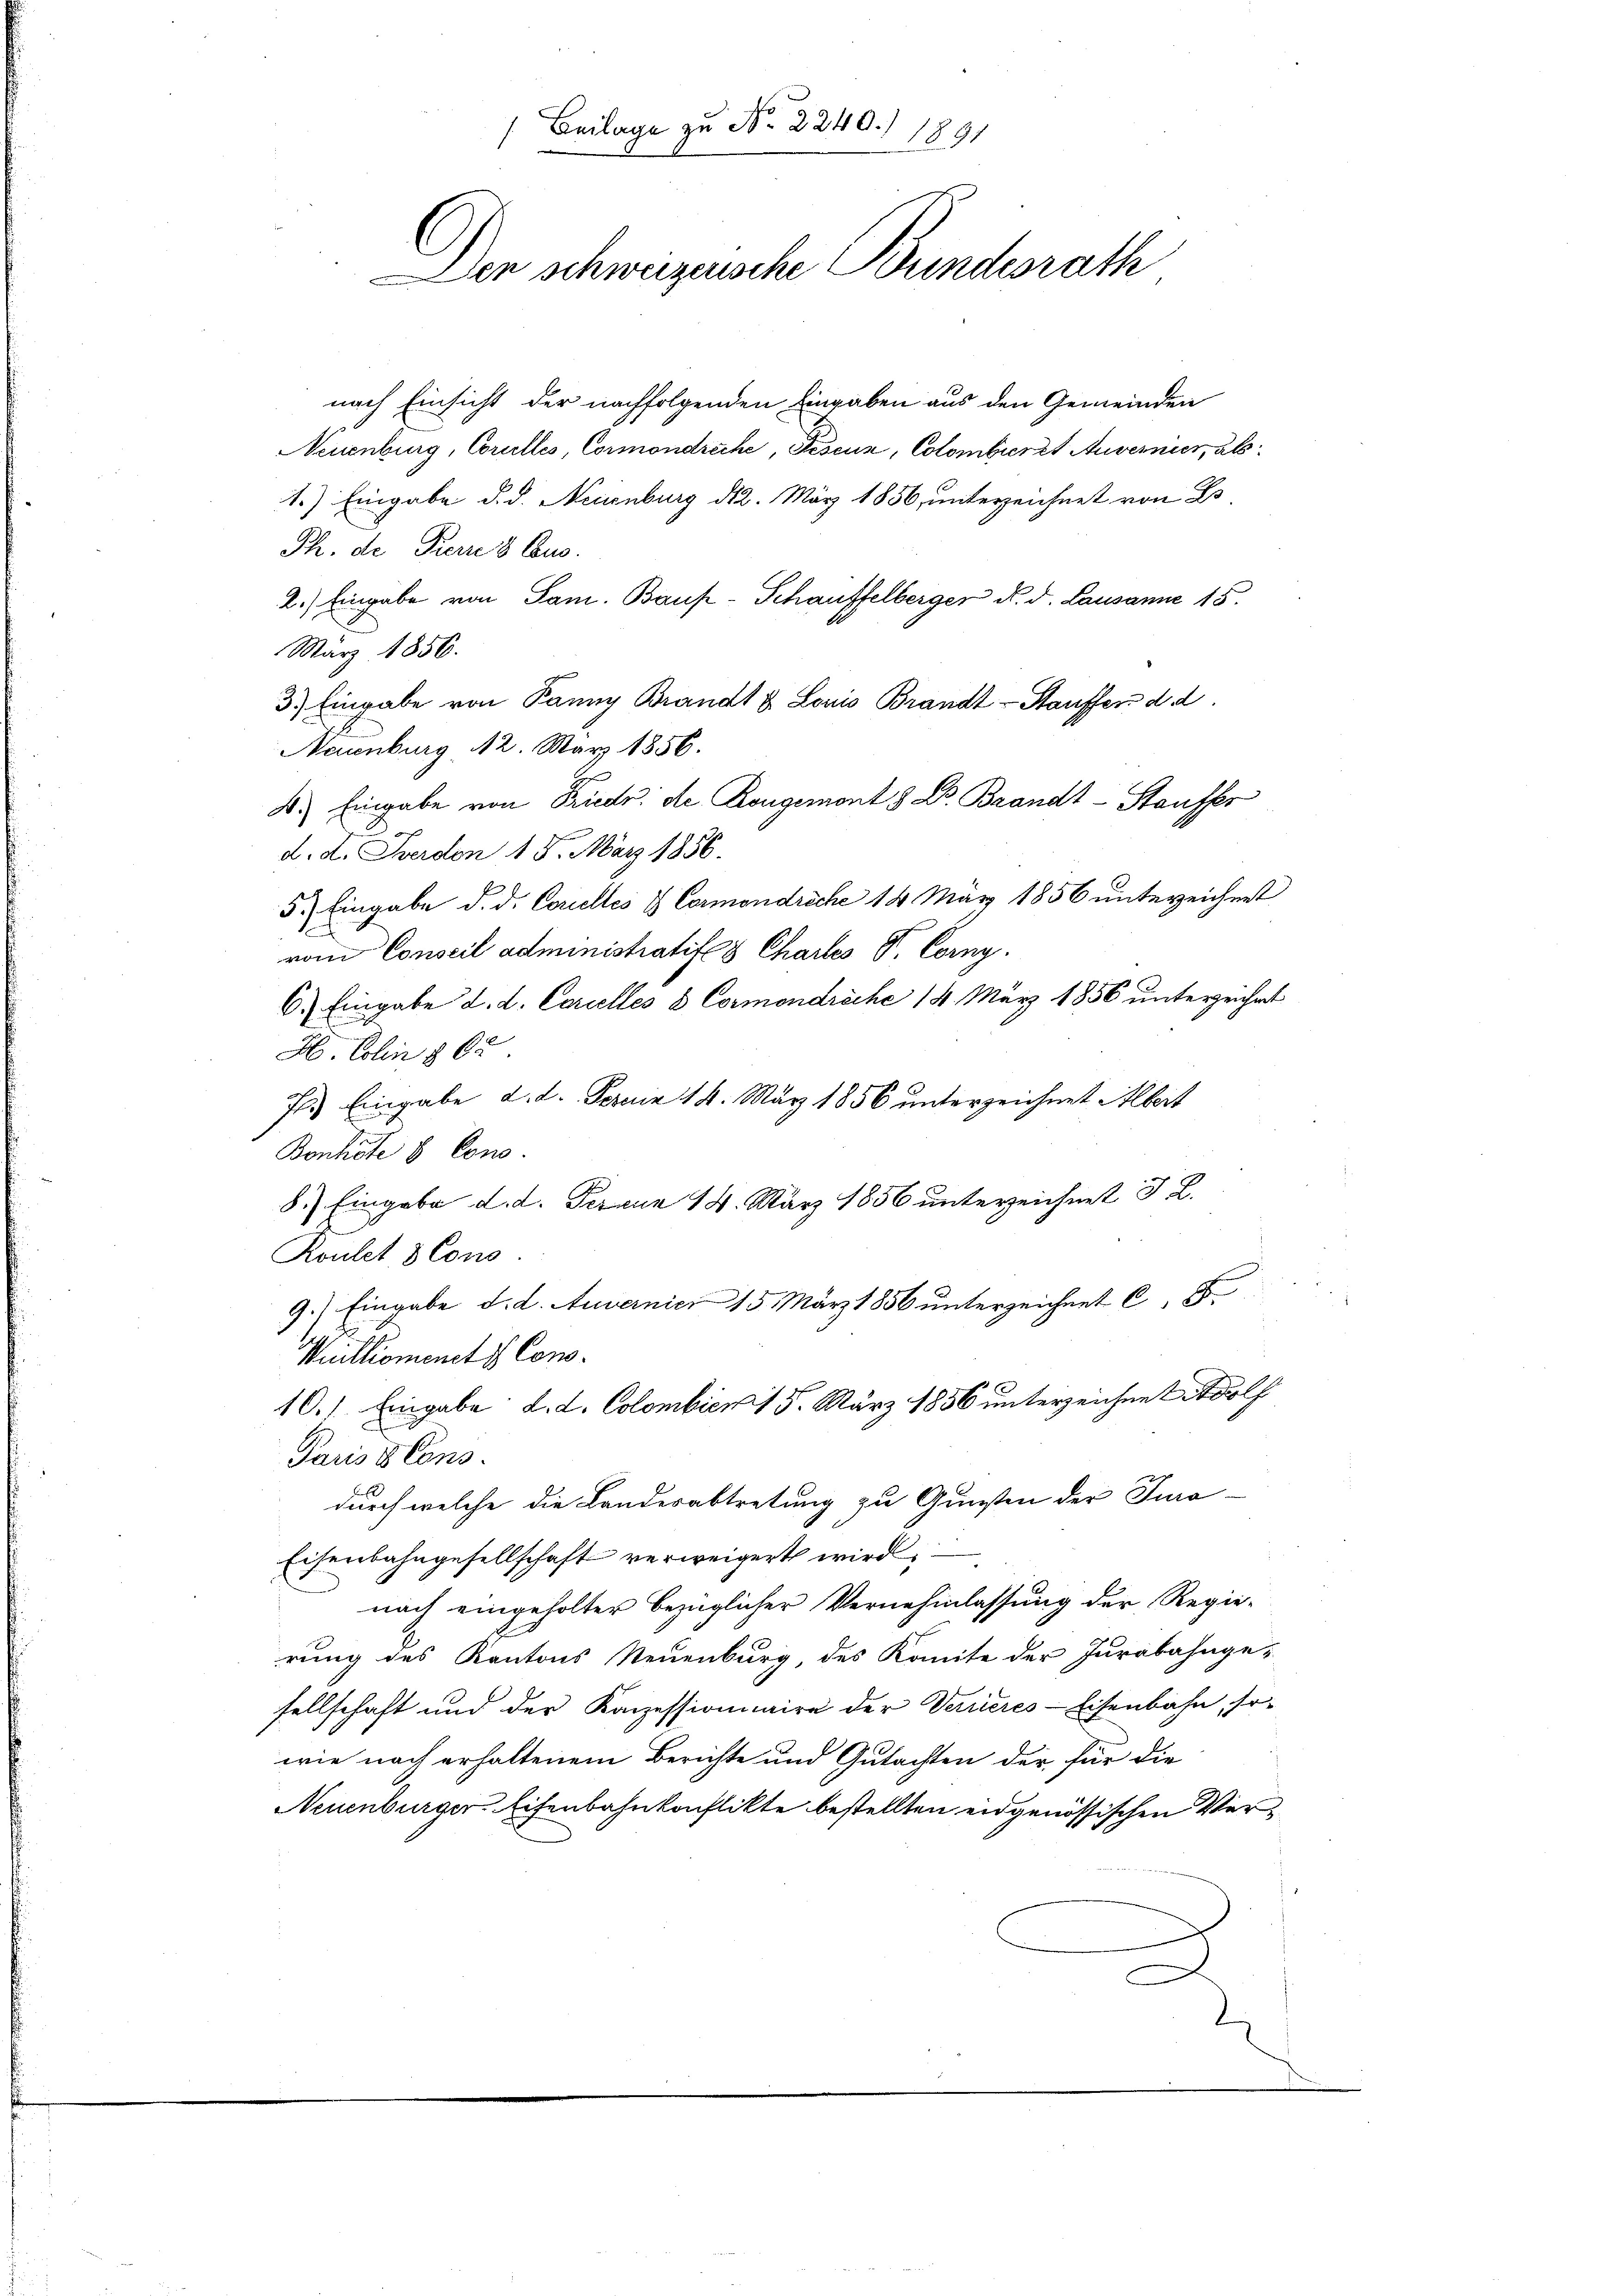
Beilage zu No 2240.) 1891
J
Den schweizerische Bundesrath

nach Einsicht der nachfolgenden Eingaben aus den Gemeinden
Neuenburg, Corullis, Cormondreche, Pescun, Colombiert Auvernier, als
1.) Eingabe d. d. Neuenburg 12. März 1856, unterzeichnet von Es
Th. de Prern 8 Eus.
2.) Eingabe von Sam. Bauf-Schauffelberger d. d. Lausanne 15.
März 1856.
b
3.) Eingabe von Panny Brandt & Louis Brandt-Stauffer d. d.
Neuenburg 12. März 1856.
d.) Eingabe von Friedr. die Kongemont 8 Dr. Brandt-Stauffer
d. d. Ferdon 18. März 1856.
5.) Eingabe d. d. Corelles & Cermondriche 14 März 1856 unterzeichnet
vom Conseil administratif 8 Charles V. Corny.
6.) Eingabe d. d. Carielles 8 Cormendreche 14. März 1856 unterzeichnet
H Colin § 62
7. Eingabe d. d. Ferie 14. März 1856 unterzeichnet Albert
Bonhote 8 Cons.
8.) Eingabe d. d. Feraun 14. März 1856 unterzeichnet § L.
Roulet 8 Cons
9.) Eingabe d. d. Auvernier 15. März 1856 unterzeichnet C. 5.
Muillioments Cons.
10.) Eingabe; d. d. Colombien 15. März 1856 unterzeichnet Adolf
Paris Cons.
durch welche die Landesabtretung zu Gunsten der Tura-
Eisenbahngesellschaft verweigert wird
nach eingeholter bezüglicher Vernehmlassung der Regie-
rung des Kantons Neuenburg, des Komite der Jurabahnge-
sellschaft und der Kanzessionnaire der Verrieres-Eisenbahn, so-
wie nach erhaltenem Berichte und Gutachten der für die
Neuenburger Eisenbahnkonflikte bestellten eidgenössischen Ver¬